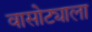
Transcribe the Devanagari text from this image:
वासोट्याला